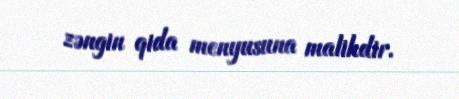
zəngin qida menyusuna malikdir.